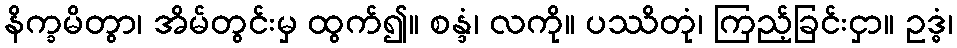
နိက္ခမိတွာ၊ အိမ်တွင်းမှ ထွက်၍။ စန္ဒံ၊ လကို။ ပဿိတုံ၊ ကြည့်ခြင်းငှာ။ ဥဒ္ဓံ၊